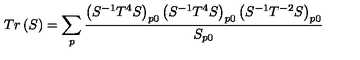
T r \left( S \right) = \sum _ { p } \frac { \left( S ^ { - 1 } T ^ { 4 } S \right) _ { p 0 } \left( S ^ { - 1 } T ^ { 4 } S \right) _ { p 0 } \left( S ^ { - 1 } T ^ { - 2 } S \right) _ { p 0 } } { S _ { p 0 } }